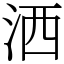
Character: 洒